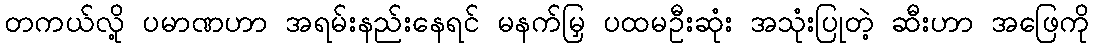
တကယ်လို့ ပမာဏဟာ အရမ်းနည်းနေရင် မနက်မြှ ပထမဦးဆုံး အသုံးပြုတဲ့ ဆီးဟာ အဖြေကို